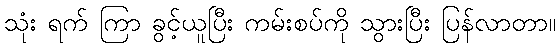
သုံး ရက် ကြာ ခွင့်ယူပြီး ကမ်းစပ်ကို သွားပြီး ပြန်လာတာ။